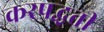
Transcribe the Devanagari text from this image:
करपद्धती